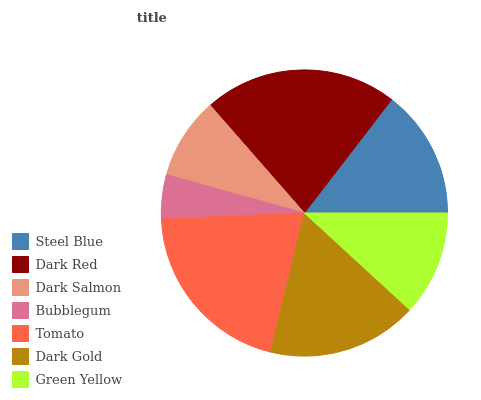
| Steel Blue | Dark Red | Dark Salmon | Bubblegum | Tomato | Dark Gold | Green Yellow |
 | --- | --- | --- | --- | --- | --- | --- |
 | 14.6% | 21.8% | 9.25% | 4.97% | 20.5% | 17% | 11.8% |